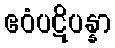
ဧဝံပဋိပန္နာ